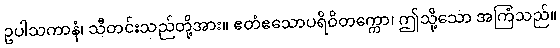
ဥပါသကာနံ၊ သီတင်းသည်တို့အား။ ဧတံဧသောပရိဝိတက္ကော၊ ဤသို့သော အကြံသည်။